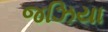
જઝિયા